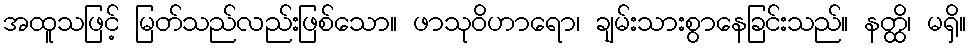
အထူသဖြင့် မြတ်သည်လည်းဖြစ်သော။ ဖာသုဝိဟာရော၊ ချမ်းသားစွာနေခြင်းသည်။ နတ္ထိ၊ မရှိ။